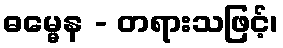
ဓမ္မေန - တရားသဖြင့်၊